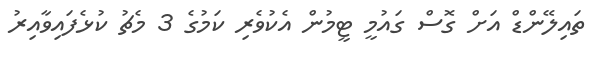
ތައިލޭންޑް އަށް ގޮސް ގައުމީ ޓީމުން އެކުވެރި ކަމުގެ 3 މެޗު ކުޅެފައިވާއިރު